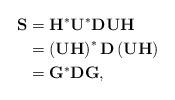
LaTeX: \begin{align*}\mathbf{S}&=\mathbf{H}^*\mathbf{U}^*\mathbf{D}\mathbf{U}\mathbf{H}\\&=\left(\mathbf{U}\mathbf{H}\right)^*\mathbf{D}\left(\mathbf{U}\mathbf{H}\right) \\&=\mathbf{G}^* \mathbf{D}\mathbf{G},\end{align*}